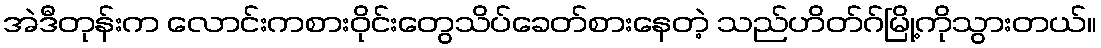
အဲဒီတုန်းက လောင်းကစားဝိုင်းတွေသိပ်ခေတ်စားနေတဲ့ သည်ဟိတ်ဂ်မြို့ကိုသွားတယ်။